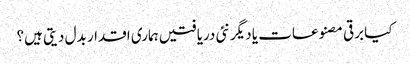
کیا برقی مصنوعات یا دیگر نئی دریافتیں ہماری اقدار بدل دیتی ہیں؟